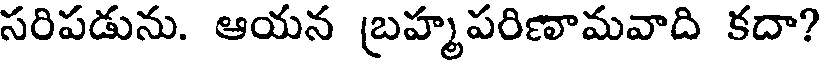
సరిపడును. ఆయన బ్రహ్మపరిణామవాది కదా?